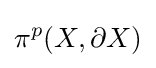
\pi ^{p}(X,\partial X)